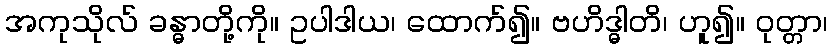
အကုသိုလ် ခန္ဓာတို့ကို။ ဥပါဒါယ၊ ထောက်၍။ ဗဟိဒ္ဓါတိ၊ ဟူ၍။ ဝုတ္တာ၊